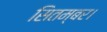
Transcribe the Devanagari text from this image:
सितम्बर।